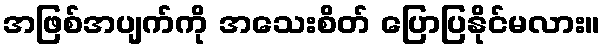
အဖြစ်အပျက်ကို အသေးစိတ် ပြောပြနိုင်မလား။